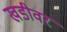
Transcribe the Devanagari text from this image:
खडीवर